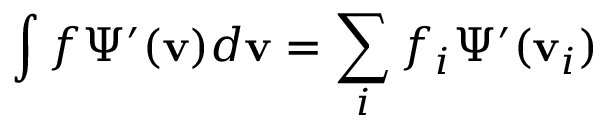
\int f \Psi ^ { \prime } ( \mathbf { v } ) d \mathbf { v } = \sum _ { i } f _ { i } \Psi ^ { \prime } ( \mathbf { v } _ { i } )